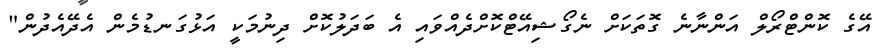
އޭގެ ކޮންޓްރޯލް އަންނާނެ ގޮތަކަށް ނެގޯޝިއޭޓްކޮށްދެއްވައި އެ ބަދަލުކޮށް ދިނުމަކީ އަޅުގަނޑުމެން އެދޭއެދުން"